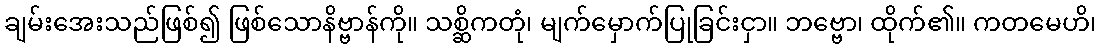
ချမ်းအေးသည်ဖြစ်၍ ဖြစ်သောနိဗ္ဗာန်ကို။ သစ္ဆိကတုံ၊ မျက်မှောက်ပြုခြင်းငှာ။ ဘဗ္ဗော၊ ထိုက်၏။ ကတမေဟိ၊